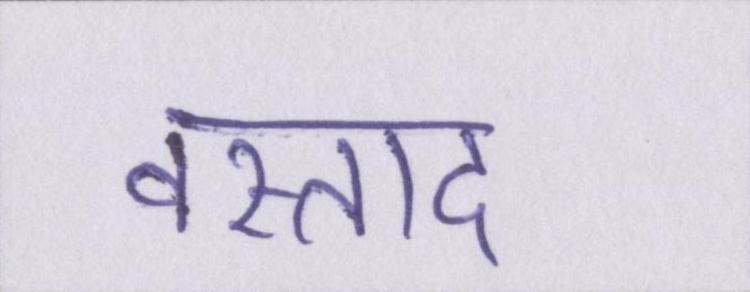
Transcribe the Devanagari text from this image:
वस्ताद